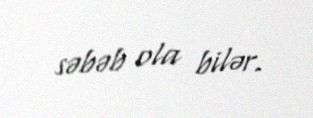
səbəb ola bilər.